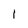
Character: 1